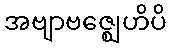
အဗျာဗဇ္ဈေဟိပိ